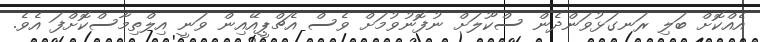
އެއްކޮށް ބަލި ރަނގަޅުވަންދެން ސްކޫލަށް ނުފޮނުވުމަށް ވެސް އެޗްޕީއޭއިން ވަނީ އިލްތިމާސްކޮށްފަ އެވެ.